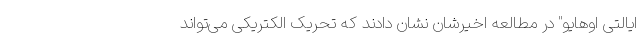
ایالتی اوهایو" در مطالعه اخیرشان نشان دادند که تحریک الکتریکی می‌تواند